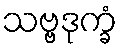
သဗ္ဗဒုက္ခံ